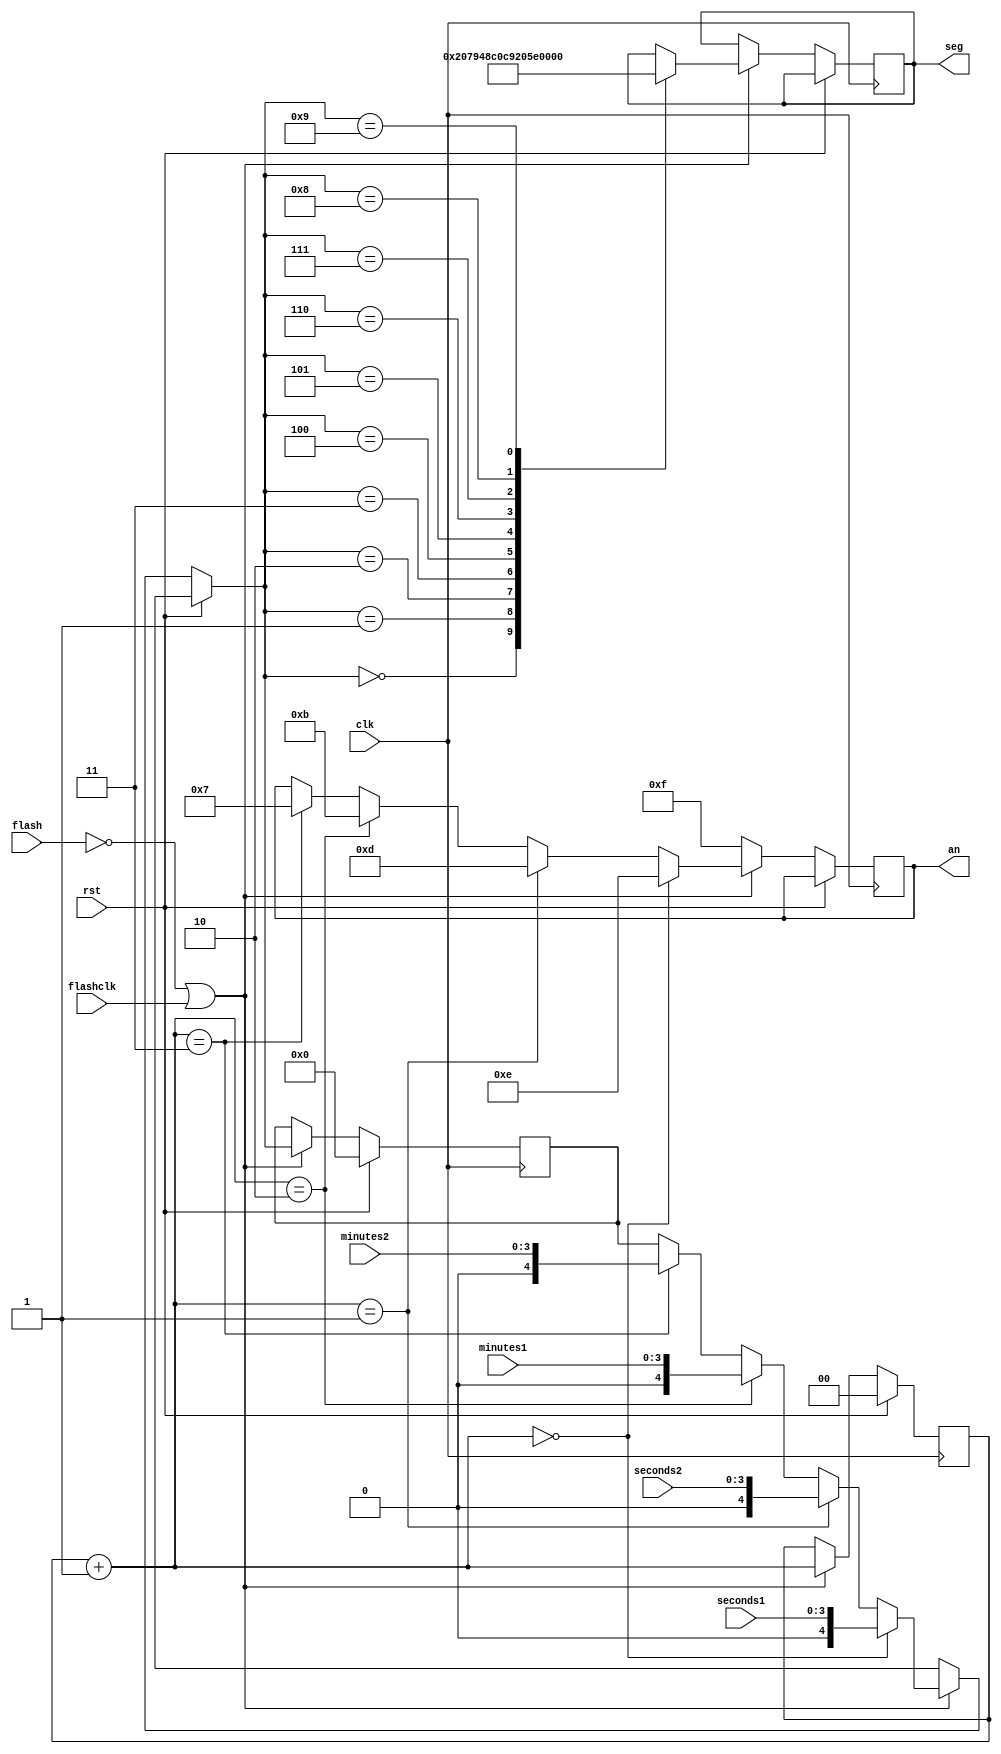
`timescale 1ns / 1ps
//////////////////////////////////////////////////////////////////////////////////
// Company: 
// Engineer: 
// 
// Design Name: 
// Module Name:    displayDriver 
// Project Name: 
// Target Devices: 
// Tool versions: 
// Description: 
//
// Dependencies: 
//
// Revision: 
// Revision 0.01 - File Created
// Additional Comments: 
//
//////////////////////////////////////////////////////////////////////////////////
module displayDriver(clk, flash, flashclk, rst, seconds1, seconds2, minutes1, minutes2, seg, an);
  input clk;
  input rst;
  input flash;
  input flashclk;
  input [3:0] seconds1;
  input [3:0] seconds2;
  input [3:0] minutes1;
  input [3:0] minutes2;
  output [6:0] seg;
  output [3:0] an;
  
  reg [4:0] num;
  reg [1:0] cnt;
  reg [6:0] segin;
  reg [3:0] anin;
  
  assign seg = segin;
  assign an = anin;
  
  always @ (posedge clk) begin
    if (rst == 1) begin
      num = 0;
      cnt = 0;
    end else if (!flash | flashclk) begin
      cnt = cnt + 1;
      if (cnt == 0) begin
        anin = 4'b1110;
        num = seconds1;
      end else if (cnt == 1) begin
        anin = 4'b1101;
        num = seconds2;
      end else if (cnt == 2) begin
        anin = 4'b1011;
        num = minutes1;
      end else if (cnt == 3) begin
        anin = 4'b0111;
        num = minutes2;
      end
      
      case (num)
        0 : segin = 7'b1000000;
        1 : segin = 7'b1111001;
        2 : segin = 7'b0100100;
        3 : segin = 7'b0110000;
        4 : segin = 7'b0011001;
        5 : segin = 7'b0010010;
        6 : segin = 7'b0000010;
        7 : segin = 7'b1111000;
        8 : segin = 7'b0000000;
        9 : segin = 7'b0010000;
      endcase
    end
    else 
      anin = 4'b1111;
  end

endmodule